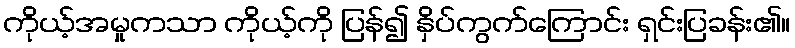
ကိုယ့်အမှုကသာ ကိုယ့်ကို ပြန်၍ နှိပ်ကွက်ကြောင်း ရှင်းပြခန်း၏။